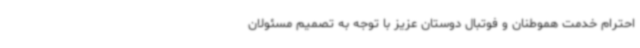
احترام خدمت هموطنان و فوتبال دوستان عزیز با توجه به تصمیم مسئولان